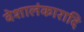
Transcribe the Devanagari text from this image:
वेशालंकारादि